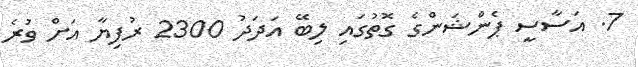
7. އަސާސީ ޕެންޝަންގެ ގޮތުގައި ލިބޭ އަދަދު 2300 ރުފިޔާ އަށް ވުރެ